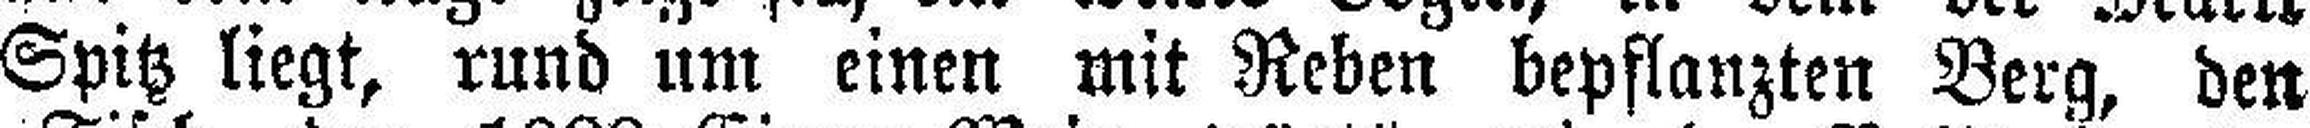
Spitz liegt, rund um einen mit Reben bepflanzten Berg, den